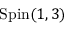
\mathrm { S p i n } ( 1 , 3 )